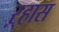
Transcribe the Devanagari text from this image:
ऱ्हास